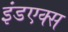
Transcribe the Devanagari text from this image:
इंडएक्स